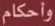
وأحكام